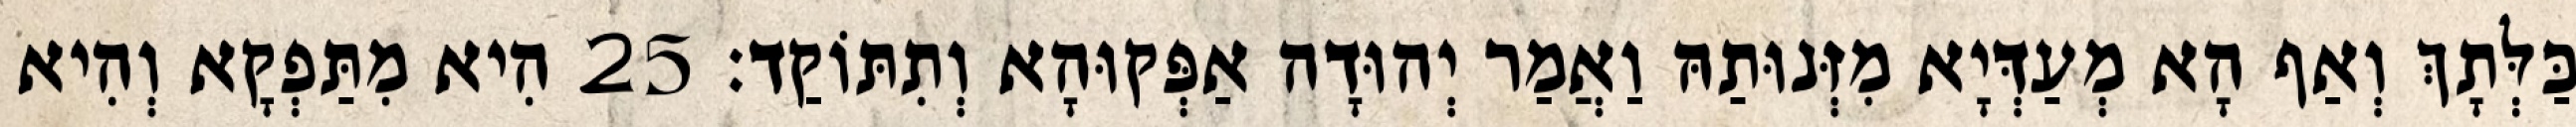
כַּלְּתָךְ וְאַף הָא מְעַדְּיָא מִזְּנוּתַהּ וַאֲמַר יְהוּדָה אַפְּקוּהָא וְתִתּוֹקַד׃ 25 הִיא מִתַּפְקָא וְהִיא